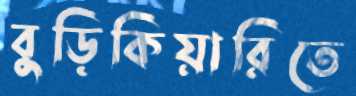
বুড়িকিয়ারিতে